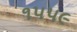
૧૫૫૯